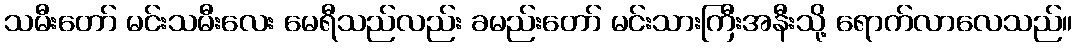
သမီးတော် မင်းသမီးလေး မေရီသည်လည်း ခမည်းတော် မင်းသားကြီးအနီးသို့ ရောက်လာလေသည်။